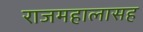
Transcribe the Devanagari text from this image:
राजमहालासह